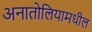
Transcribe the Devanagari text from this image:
अनातोलियामधील